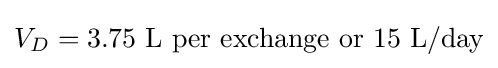
V_{D}=3.75{\mbox{ L per exchange or }}15{\mbox{ L/day}}